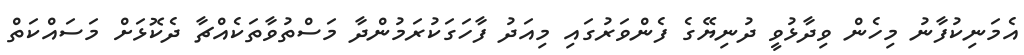
އެމަނިކުފާނު މިހެން ވިދާޅުވީ ދުނިޔޭގެ ފެންވަރުގައި މިއަދު ފާހަގަކުރަމުންދާ މަސްތުވާތަކެއްޗާ ދެކޮޅަށް މަސައްކަތް